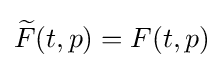
{\widetilde {F}}(t,p)=F(t,p)